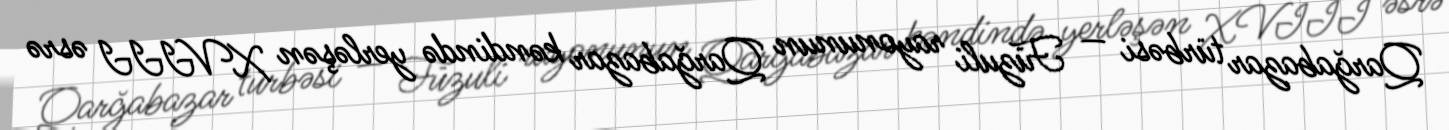
Qarğabazar türbəsi — Füzuli rayonunun Qarğabazar kəndində yerləşən XVIII əsrə